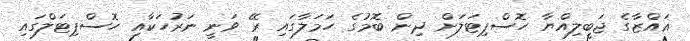
ޣައްޒާގެ ޖަބީލިއްޔާ ހޮސްޕިޓަލަށް ދިން ބޮމުގެ ހަމަލާގައި ރޭ ވަނީ ނަރުހަކާއި ހޮސްޕިޓަލްގައި